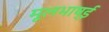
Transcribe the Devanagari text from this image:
मूलभाष्ई